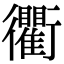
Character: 衢